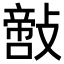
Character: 𢿪